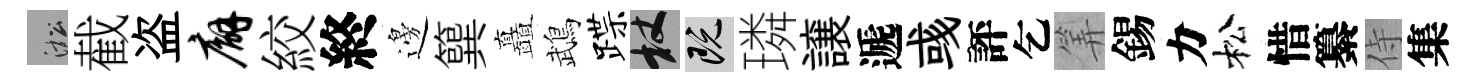
淞截盗廨絞終邊簨矗鵡蹀杖既璘譲遞彧評乞筭錫力松惜纂侍集